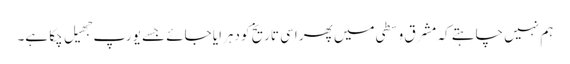
ہم نہیں چاہتے کہ مشرق وسطی میں پھر اسی تاریخ کو دہرایا جائے جسے یورپ جهیل چکا ہے۔